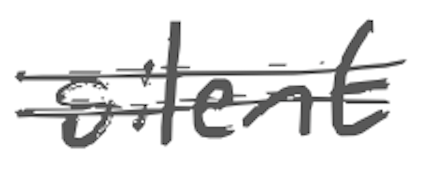
Text: silent
Cross-out: double-line
Writing tool: digital_gray